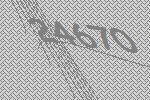
24670